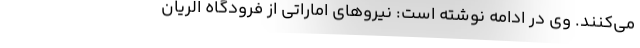
می‌کنند. وی در ادامه نوشته است: نیروهای اماراتی از فرودگاه الریان